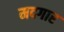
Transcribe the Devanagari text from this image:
मदगार